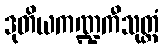
ဒုတိယကဏ္ဍကီသုတ္တံ